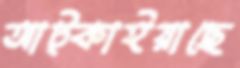
আট্‌কাইয়াছে